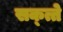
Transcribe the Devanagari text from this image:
सक्त्ते